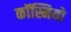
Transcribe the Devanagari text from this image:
कॉस्मियो